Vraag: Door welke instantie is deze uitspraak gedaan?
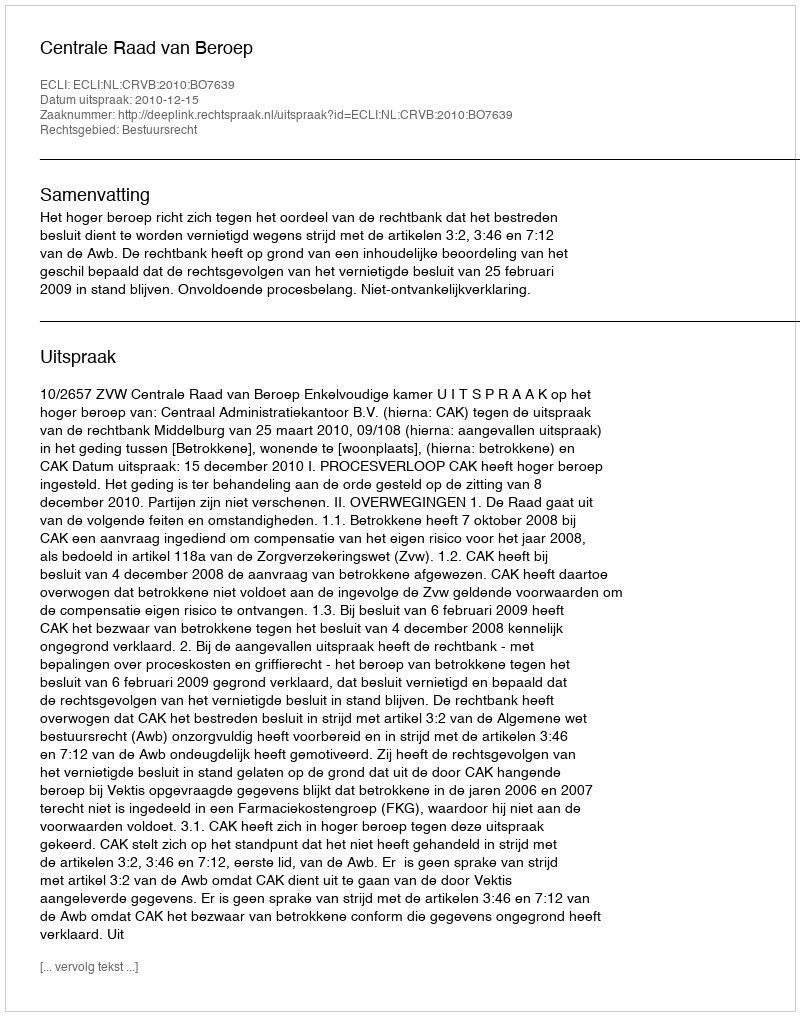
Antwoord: Centrale Raad van Beroep